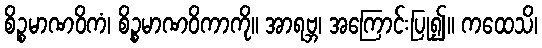
စိဉ္စမာဏဝိကံ၊ စိဉ္စမာဏဝိကာကို။ အာရဗ္ဘ၊ အကြောင်းပြု၍။ ကထေသိ၊